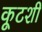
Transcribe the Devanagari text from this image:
कूटशी